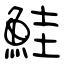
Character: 鮭